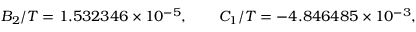
B _ { 2 } / T = 1 . 5 3 2 3 4 6 \times 1 0 ^ { - 5 } , \qquad C _ { 1 } / T = - 4 . 8 4 6 4 8 5 \times 1 0 ^ { - 3 } ,